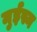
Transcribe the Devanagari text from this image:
मुईस्न